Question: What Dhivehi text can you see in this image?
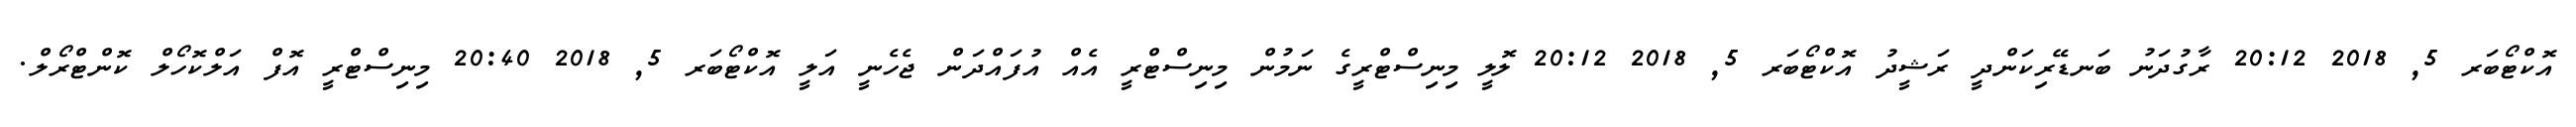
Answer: އޮކްޓޯބަރ 5, 2018 20:12 ރާގުދަނު ބަނޑޭރިކަންދީ ރަޝީދު އޮކްޓޯބަރ 5, 2018 20:12 ލޮލީ މިނިސްޓްރީގެ ނަމުން މިނިސްޓްރީ އެއް އުފައްދަން ޖެހެނީ އަލީ އޮކްޓޯބަރ 5, 2018 20:40 މިނިސްޓްރީ އޮފް އަލްކޮހޯލް ކޮންޓްރޯލް.